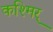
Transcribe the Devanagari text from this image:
कश्मिर्